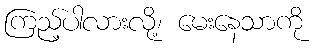
ကြည့်ပါလားလို့၊ မေးနေသာကို